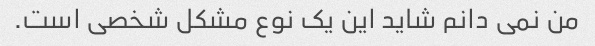
من نمی دانم شاید این یک نوع مشکل شخصی است.